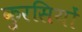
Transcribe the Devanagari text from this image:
कुरसियों